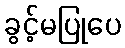
ခွင့်မပြုပေ